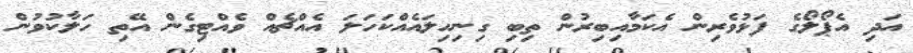
އަދި އެޕޯލޯގެ ފަޅުވެރިން އެކަމާއިބިރުން ތިބި ގިނިހިލައެއްކަހަލަ އެއްޗެއް ވެއްޓިގެން އޭތި ހަލާކުވުން